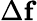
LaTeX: \Delta\mathbf{f}